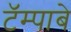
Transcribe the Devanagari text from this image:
टॅम्पाबे